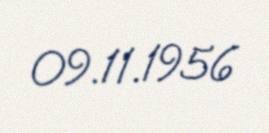
09.11.1956